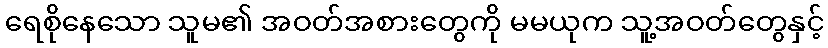
ရေစိုနေသော သူမ၏ အဝတ်အစားတွေကို မမယုက သူ့အဝတ်တွေနှင့်